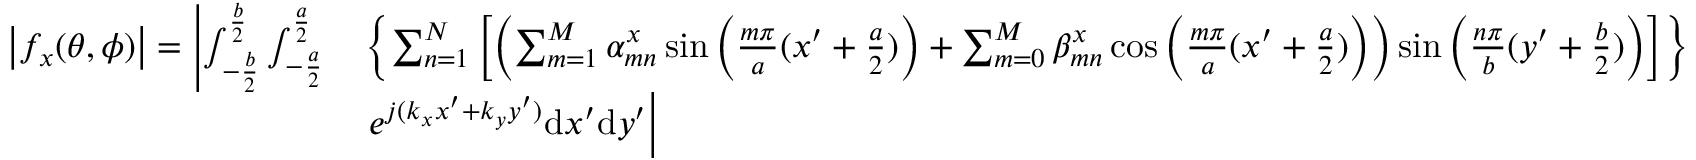
\begin{array} { r l } { \left| f _ { x } ( \theta , \phi ) \right| = \left| \int _ { - \frac { b } { 2 } } ^ { \frac { b } { 2 } } { \int _ { - \frac { a } { 2 } } ^ { \frac { a } { 2 } } } \right. } & { \left\{ \sum _ { n = 1 } ^ { N } \left[ \left( \sum _ { m = 1 } ^ { M } \alpha _ { m n } ^ { x } \sin \left( \frac { m \pi } { a } ( x ^ { \prime } + \frac { a } { 2 } ) \right) + \sum _ { m = 0 } ^ { M } \beta _ { m n } ^ { x } \cos \left( \frac { m \pi } { a } ( x ^ { \prime } + \frac { a } { 2 } ) \right) \right) \sin \left( \frac { n \pi } { b } ( y ^ { \prime } + \frac { b } { 2 } ) \right) \right] \right\} } \\ & { \left. e ^ { j ( k _ { x } x ^ { \prime } + k _ { y } y ^ { \prime } ) } \mathrm { d } x ^ { \prime } \mathrm { d } y ^ { \prime } \right| } \end{array}